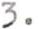
3.